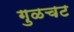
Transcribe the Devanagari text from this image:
गुळचट